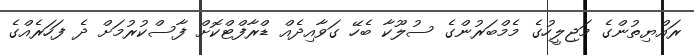
ރައްޔިތުންގެ މަޖިލީހުގެ މެމްބަރުންގެ ސުލޫކާ ބެހޭ ގަވާއިދެއް ޑްރާފްޓްކޮށް ފާސްކުރުމަށް ދެ ފަހަރެއްގެ